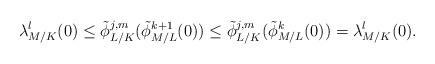
LaTeX: \begin{align*} \lambda_{M/K}^l(0)\le\tilde{\phi}_{L/K}^{j,m}(\tilde{\phi}_{M/L}^{k+1}(0))\le\tilde{\phi}_{L/K}^{j,m}(\tilde{\phi}_{M/L}^k(0))=\lambda_{M/K}^l(0).\end{align*}